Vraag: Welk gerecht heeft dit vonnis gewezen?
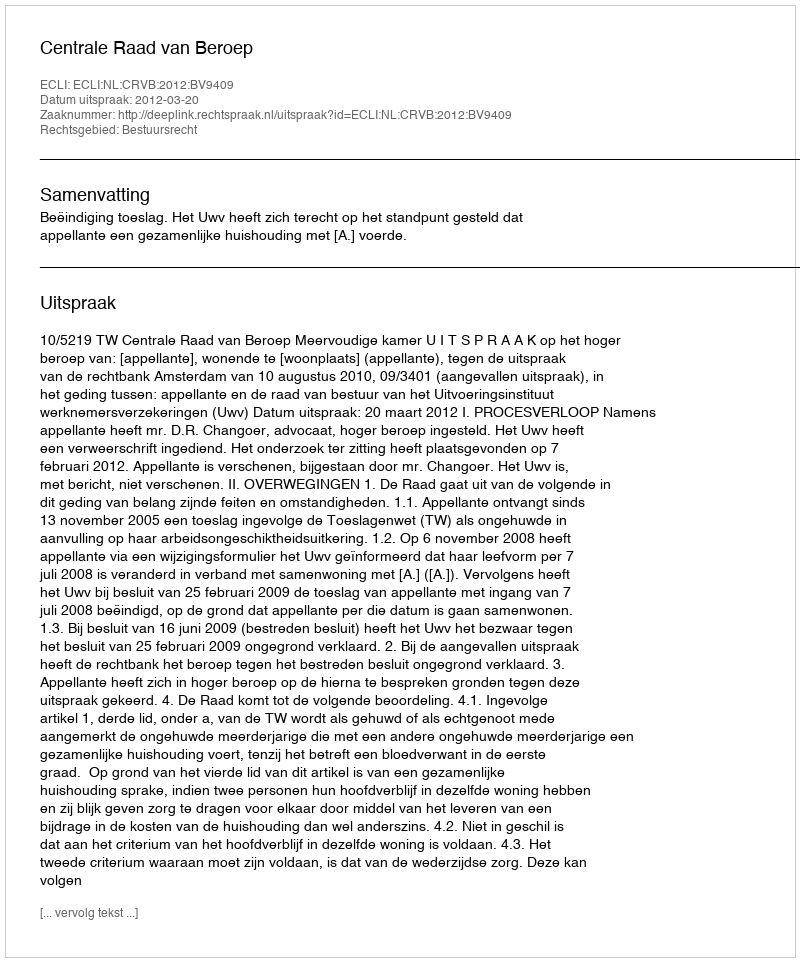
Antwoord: Centrale Raad van Beroep